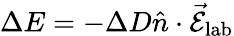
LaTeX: \Delta E=-\Delta D\hat{n}\cdot\vec{\mathcal{E}}_{\mathrm{lab}}